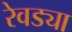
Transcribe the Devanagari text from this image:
रेवड्या